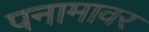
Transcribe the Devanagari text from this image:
पनामावर